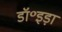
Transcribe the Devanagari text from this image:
डॉ॰इड़ा